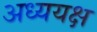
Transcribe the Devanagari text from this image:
अध्ययक्ष